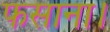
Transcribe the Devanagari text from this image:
फसाना।